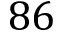
8 6